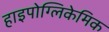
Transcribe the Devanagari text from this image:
हाइपोग्लिकेमिक